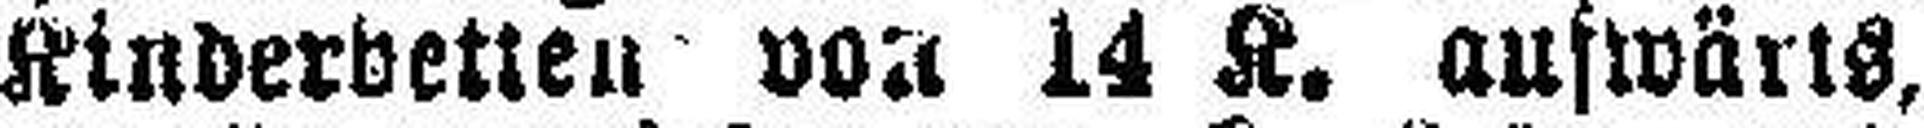
Kinderbetten von 14 K. aufwärts,